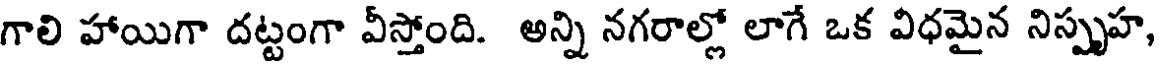
గాలి హాయిగా దట్టంగా వీస్తోంది. అన్ని నగరాల్లో లాగే ఒక విధమైన నిస్పృహ,